Report of the Imperial Institute of Veterinary Research, Muktesar
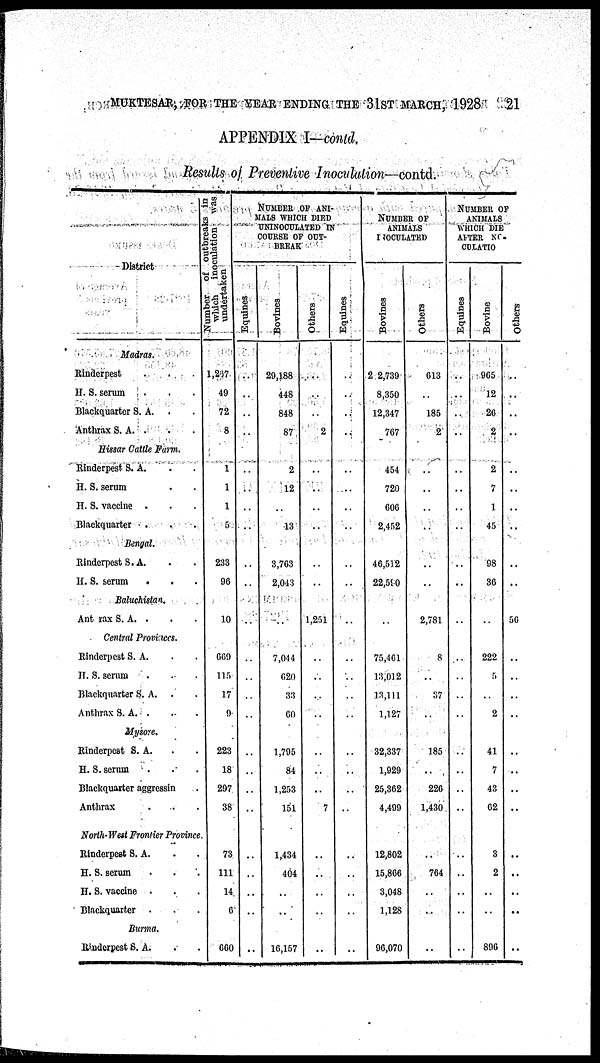
MUKTESAR, FOR THE YEAR ENDING THE 31ST MARCH, 1928 21
APPENDIX I-contd.
Results of Preventive Inoculation—contd.
District
Madras.
Rinderpest . . .
H. S. serum . . .
Blackquarter S. A . . .
Anthrax S. A. . . .
Hissar Cattle Farm.
Rinderpest S. A . . .
H. S. serum . . .
H. S. vaccine . . .
Blackquarter . . .
Bengal.
Rinderpest S.A . . .
H. S. serum . . .
Baluchistan.
Anthrax S. A. . . .
Central Provinces.
Rinderpest S. A . . .
H. S. serum . . .
Blackquarter S. A. . .
Anthrax S.A. . . .
Mysore.
Rinderpest S. A. . .
H. S. serum . . .
Blackquarter aggressin .
Anthrax . . .
North-West Frontier Province.
Rinderpest S. A. . .
H. S. serum . . .
H. S. vaccine . . .
Blackquarter . . .
Burma.
Rinderpest S. A. . .
which
inoculation was
undertaken
1,267
49
72
8
1
1
1
5
233
96
10
669
115
17
9
223
18
297
38
73
111
14
6
660
NUMBER OF ANI¬
MALS WHICH DIED
UNINOCULATED IN
COURSE OF OUT¬
BREAK
Equines
..
..
..
..
..
..
..
..
..
..
..
..
..
..
..
..
..
..
..
..
..
..
..
Bovines
29,188
448
848
87
2
12
13
3,763
2,043
..
7,044
620
33
60
1,795
84
1,253
151
1,434
404
..
..
16,157
Others
..
..
..
2
..
..
..
..
..
1,251
..
..
..
..
..
..
..
7
..
..
..
..
..
Equines
..
..
..
..
..
..
..
..
..
..
..
..
..
..
..
..
..
..
..
..
..
..
..
NUMBER OF
AHIMALS
INOCULATED
Bovines
22,739
8,350
12,347
767
454
720
606
2,452
46,512
22,590
..
75,461
13,012
13,111
1,127
32,337
1,929
25,362
4,499
12,802
15,866
3,048
1,128
96,070
Others
613
..
185
2
..
..
..
..
..
..
2,781
8
..
37
..
185
..
226
1,430
..
764
..
..
..
NUMBER OF
ANIMALS
WHICH DIED
AFTER INO-
CULATION
Equines
..
..
..
..
..
..
..
..
..
..
..
..
..
..
..
..
..
..
..
..
..
..
..
..
Bovine
965
12
26
2
2
7
1
45
98
36
..
222
5
..
2
41
7
43
62
3
2
..
..
896
Others
..
..
..
..
..
..
..
..
..
56
..
..
..
..
..
..
..
..
..
..
..
..
..